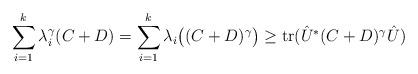
LaTeX: \begin{align*}\sum_{i=1}^k\lambda_{i}^{\gamma}(C+D)=\sum_{i=1}^k\lambda_{i}\big((C+D)^{\gamma}\big)\geq \mathrm{tr}(\hat{U}^*(C+D)^{\gamma}\hat{U})\end{align*}